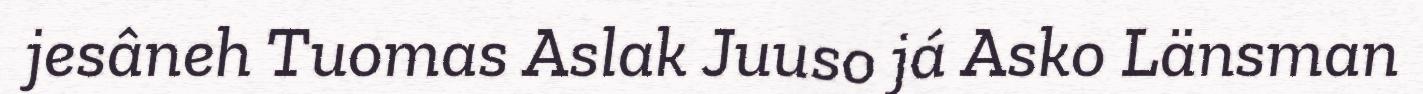
jesâneh Tuomas Aslak Juuso já Asko Länsman